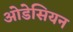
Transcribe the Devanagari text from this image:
ओडेसियन